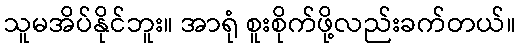
သူမအိပ်နိုင်ဘူး။ အာရုံ စူးစိုက်ဖို့လည်းခက်တယ်။